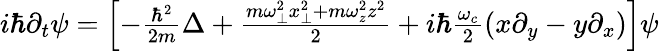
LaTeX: \begin{array}{r}{i\hbar\partial_{t}\psi=\left[-\frac{\hbar^{2}}{2m}\Delta+\frac{m\omega_{\perp}^{2}x_{\perp}^{2}+m\omega_{z}^{2}z^{2}}{2}+i\hbar\frac{\omega_{c}}{2}(x\partial_{y}-y\partial_{x})\right]\psi}\end{array}